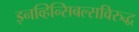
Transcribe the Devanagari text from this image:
इनव्हिन्सिबल्सविरुद्ध